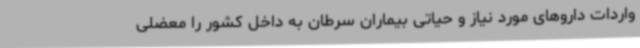
واردات داروهای مورد نیاز و حیاتی بیماران سرطان به داخل کشور را معضلی